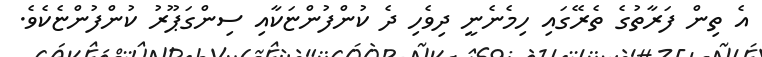
އެ ތިން ފަރާތުގެ ތެރޭގައި ހިމެނެނީ ދިވެހި ދެ ކުންފުންޏަކާއި ސިންގަޕޫރު ކުންފުންޏެކެވެ.